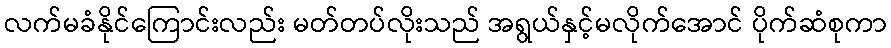
လက်မခံနိုင်ကြောင်းလည်း မတ်တပ်လိုးသည် အရွယ်နှင့်မလိုက်အောင် ပိုက်ဆံစုကာ